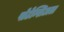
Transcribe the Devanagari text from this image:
पोटेन्शिअल